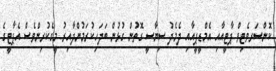
ކޮންސަރވެޓިވް ޕާޓީއާއި އެމްޑީޕީއާއި ދެމެދު ސިޔާސީ ގޮތުން ގުޅުން ބަދަހިކުރަމުންދާއިރު މީގެކުރިންވެސް އެޕާޓީގެ